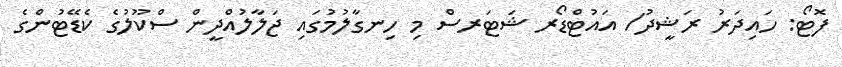
ފޮޓޯ: ހައިދަރު ރަޝީދު/ އައުޓްޑޯރ ޝަޓަރސް މި ހިނގާލުމުގައި ޖަލާލުއްދީން ސްކޫލުގެ ކެޑޭޓުންގެ